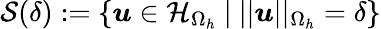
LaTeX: \mathcal{S}(\delta):=\{ \boldsymbol{u}\in\mathcal{H}_{\Omega_{h}}\mathrm{~}|\mathrm{~}||\boldsymbol{u}||_{\Omega_{h}}=\delta\}